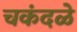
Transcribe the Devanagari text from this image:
चकंदळे